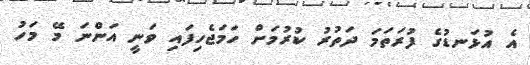
އެ އުޅަނޑުގެ ފުރަތަމަ ދަތުރު ކުރުމަށް ހަމަޖެހިފައި ވަނީ އަންނަ މޭ މަހު